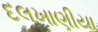
દલખાણીયા